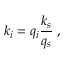
k _ { i } = q _ { i } \frac { k _ { s } } { q _ { s } } \; ,